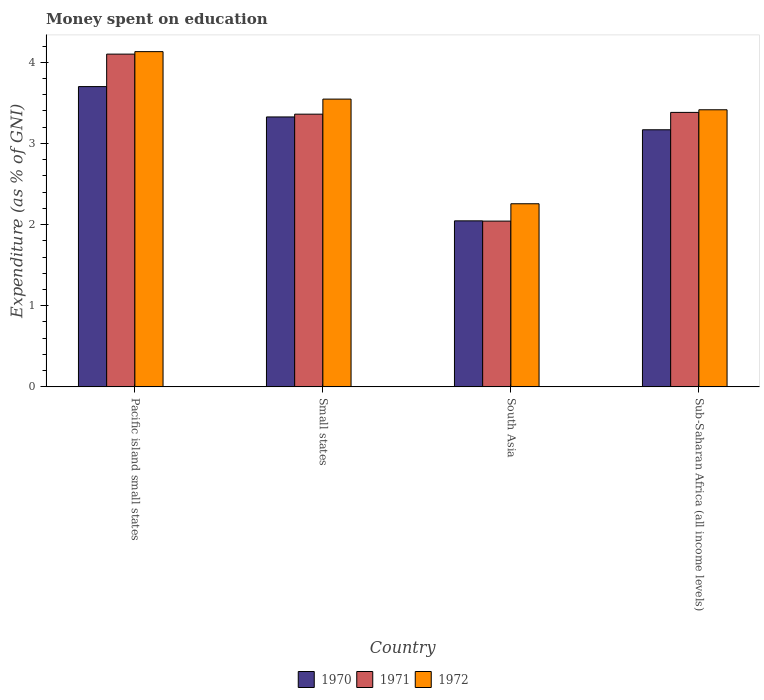
| Country | 1970 | 1971 | 1972 |
 | --- | --- | --- | --- |
 | Pacific island small states | 3.7 | 4.1 | 4.13 |
 | Small states | 3.33 | 3.36 | 3.55 |
 | South Asia | 2.05 | 2.04 | 2.26 |
 | Sub-Saharan Africa (all income levels) | 3.17 | 3.38 | 3.41 |